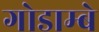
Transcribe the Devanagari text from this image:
गोडाम्बे